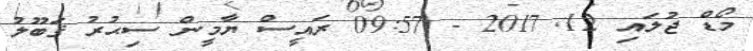
މޯޑް ޖުލައި 12